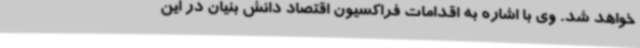
خواهد شد. وی با اشاره به اقدامات فراکسیون اقتصاد دانش بنیان در این